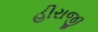
હીરાજી